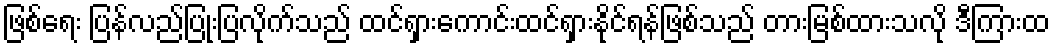
ဖြစ်ရေး ပြန်လည်ပြုံးပြလိုက်သည် ထင်ရှားကောင်းထင်ရှားနိုင်ရန်ဖြစ်သည် တားမြစ်ထားသလို ဒီကြားထ